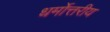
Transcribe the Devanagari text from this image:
धर्मोत्तरीय